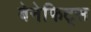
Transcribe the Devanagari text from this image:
बेनेफिट्स